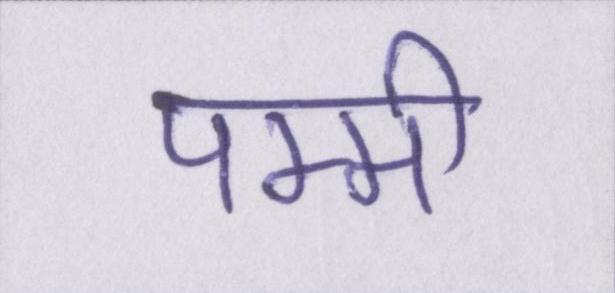
पम्मी